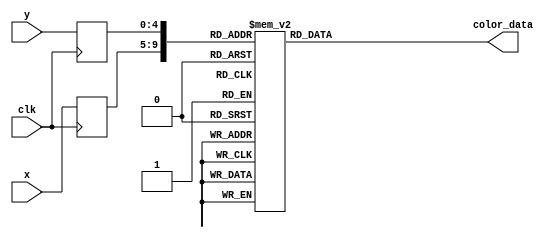
module mario_rom_jumping(
        input wire clk,
        input wire [4:0] x,
        input wire [4:0] y,
        output reg [11:0] color_data
);

    (* rom_style = "block" *)

    //signal declaration
    reg [4:0] x_reg;
    reg [4:0] y_reg;

    always @(posedge clk) begin
        x_reg <= x;
        y_reg <= y;
    end

    always @*
        case ({x_reg, y_reg})
			// right: 5'd27, bottom: 5'd31
			{5'd0, 5'd0}: color_data = 12'h3b9;
			{5'd0, 5'd1}: color_data = 12'h3b9;
			{5'd0, 5'd2}: color_data = 12'h3b9;
			{5'd0, 5'd3}: color_data = 12'h3b9;
			{5'd0, 5'd4}: color_data = 12'h3b9;
			{5'd0, 5'd5}: color_data = 12'h3b9;
			{5'd0, 5'd6}: color_data = 12'h3b9;
			{5'd0, 5'd7}: color_data = 12'h3b9;
			{5'd0, 5'd8}: color_data = 12'h3b9;
			{5'd0, 5'd9}: color_data = 12'h3b9;
			{5'd0, 5'd10}: color_data = 12'h3b9;
			{5'd0, 5'd11}: color_data = 12'h3b9;
			{5'd0, 5'd12}: color_data = 12'h3b9;
			{5'd0, 5'd13}: color_data = 12'h3b9;
			{5'd0, 5'd14}: color_data = 12'h3b9;
			{5'd0, 5'd15}: color_data = 12'h3b9;
			{5'd0, 5'd16}: color_data = 12'h3b9;
			{5'd0, 5'd17}: color_data = 12'h3b9;
			{5'd0, 5'd18}: color_data = 12'h3b9;
			{5'd0, 5'd19}: color_data = 12'h3b9;
			{5'd0, 5'd20}: color_data = 12'hfa0;
			{5'd0, 5'd21}: color_data = 12'hfa0;
			{5'd0, 5'd22}: color_data = 12'hfa0;
			{5'd0, 5'd23}: color_data = 12'hfa0;
			{5'd0, 5'd24}: color_data = 12'hf70;
			{5'd0, 5'd25}: color_data = 12'h3b9;
			{5'd0, 5'd26}: color_data = 12'h3b9;
			{5'd0, 5'd27}: color_data = 12'h3b9;
			{5'd0, 5'd28}: color_data = 12'h3b9;
			{5'd0, 5'd29}: color_data = 12'h3b9;
			{5'd0, 5'd30}: color_data = 12'h3b9;
			{5'd0, 5'd31}: color_data = 12'h3b9;
			{5'd1, 5'd0}: color_data = 12'h3b9;
			{5'd1, 5'd1}: color_data = 12'h3b9;
			{5'd1, 5'd2}: color_data = 12'h3b9;
			{5'd1, 5'd3}: color_data = 12'h3b9;
			{5'd1, 5'd4}: color_data = 12'h3b9;
			{5'd1, 5'd5}: color_data = 12'h3b9;
			{5'd1, 5'd6}: color_data = 12'h3b9;
			{5'd1, 5'd7}: color_data = 12'h3b9;
			{5'd1, 5'd8}: color_data = 12'h3b9;
			{5'd1, 5'd9}: color_data = 12'h3b9;
			{5'd1, 5'd10}: color_data = 12'h3b9;
			{5'd1, 5'd11}: color_data = 12'h3b9;
			{5'd1, 5'd12}: color_data = 12'h3b9;
			{5'd1, 5'd13}: color_data = 12'h3b9;
			{5'd1, 5'd14}: color_data = 12'h3b9;
			{5'd1, 5'd15}: color_data = 12'h3b9;
			{5'd1, 5'd16}: color_data = 12'h3b9;
			{5'd1, 5'd17}: color_data = 12'h3b9;
			{5'd1, 5'd18}: color_data = 12'h911;
			{5'd1, 5'd19}: color_data = 12'hb31;
			{5'd1, 5'd20}: color_data = 12'hfa1;
			{5'd1, 5'd21}: color_data = 12'hfa1;
			{5'd1, 5'd22}: color_data = 12'hfa1;
			{5'd1, 5'd23}: color_data = 12'hfa0;
			{5'd1, 5'd24}: color_data = 12'hfa0;
			{5'd1, 5'd25}: color_data = 12'hf91;
			{5'd1, 5'd26}: color_data = 12'h3b9;
			{5'd1, 5'd27}: color_data = 12'hb03;
			{5'd1, 5'd28}: color_data = 12'h911;
			{5'd1, 5'd29}: color_data = 12'ha22;
			{5'd1, 5'd30}: color_data = 12'ha22;
			{5'd1, 5'd31}: color_data = 12'h911;
			{5'd2, 5'd0}: color_data = 12'h3b9;
			{5'd2, 5'd1}: color_data = 12'h3b9;
			{5'd2, 5'd2}: color_data = 12'h3b9;
			{5'd2, 5'd3}: color_data = 12'h3b9;
			{5'd2, 5'd4}: color_data = 12'h3b9;
			{5'd2, 5'd5}: color_data = 12'h3b9;
			{5'd2, 5'd6}: color_data = 12'h3b9;
			{5'd2, 5'd7}: color_data = 12'h3b9;
			{5'd2, 5'd8}: color_data = 12'h3b9;
			{5'd2, 5'd9}: color_data = 12'h3b9;
			{5'd2, 5'd10}: color_data = 12'h3b9;
			{5'd2, 5'd11}: color_data = 12'h3b9;
			{5'd2, 5'd12}: color_data = 12'h3b9;
			{5'd2, 5'd13}: color_data = 12'h3b9;
			{5'd2, 5'd14}: color_data = 12'h3b9;
			{5'd2, 5'd15}: color_data = 12'h3b9;
			{5'd2, 5'd16}: color_data = 12'h3b9;
			{5'd2, 5'd17}: color_data = 12'h3b9;
			{5'd2, 5'd18}: color_data = 12'ha22;
			{5'd2, 5'd19}: color_data = 12'ha32;
			{5'd2, 5'd20}: color_data = 12'hf91;
			{5'd2, 5'd21}: color_data = 12'hfa0;
			{5'd2, 5'd22}: color_data = 12'hfa1;
			{5'd2, 5'd23}: color_data = 12'hfa1;
			{5'd2, 5'd24}: color_data = 12'hfa1;
			{5'd2, 5'd25}: color_data = 12'hfa0;
			{5'd2, 5'd26}: color_data = 12'h3b9;
			{5'd2, 5'd27}: color_data = 12'h911;
			{5'd2, 5'd28}: color_data = 12'ha22;
			{5'd2, 5'd29}: color_data = 12'ha22;
			{5'd2, 5'd30}: color_data = 12'ha22;
			{5'd2, 5'd31}: color_data = 12'ha22;
			{5'd3, 5'd0}: color_data = 12'h3b9;
			{5'd3, 5'd1}: color_data = 12'h3b9;
			{5'd3, 5'd2}: color_data = 12'h3b9;
			{5'd3, 5'd3}: color_data = 12'h3b9;
			{5'd3, 5'd4}: color_data = 12'h3b9;
			{5'd3, 5'd5}: color_data = 12'h3b9;
			{5'd3, 5'd6}: color_data = 12'h3b9;
			{5'd3, 5'd7}: color_data = 12'h3b9;
			{5'd3, 5'd8}: color_data = 12'h3b9;
			{5'd3, 5'd9}: color_data = 12'h3b9;
			{5'd3, 5'd10}: color_data = 12'h3b9;
			{5'd3, 5'd11}: color_data = 12'h3b9;
			{5'd3, 5'd12}: color_data = 12'h3b9;
			{5'd3, 5'd13}: color_data = 12'h3b9;
			{5'd3, 5'd14}: color_data = 12'h3b9;
			{5'd3, 5'd15}: color_data = 12'h3b9;
			{5'd3, 5'd16}: color_data = 12'h922;
			{5'd3, 5'd17}: color_data = 12'ha22;
			{5'd3, 5'd18}: color_data = 12'ha22;
			{5'd3, 5'd19}: color_data = 12'ha22;
			{5'd3, 5'd20}: color_data = 12'hc52;
			{5'd3, 5'd21}: color_data = 12'hc51;
			{5'd3, 5'd22}: color_data = 12'hfa1;
			{5'd3, 5'd23}: color_data = 12'hfa0;
			{5'd3, 5'd24}: color_data = 12'hfa0;
			{5'd3, 5'd25}: color_data = 12'hf91;
			{5'd3, 5'd26}: color_data = 12'h911;
			{5'd3, 5'd27}: color_data = 12'ha22;
			{5'd3, 5'd28}: color_data = 12'ha22;
			{5'd3, 5'd29}: color_data = 12'ha22;
			{5'd3, 5'd30}: color_data = 12'ha22;
			{5'd3, 5'd31}: color_data = 12'h911;
			{5'd4, 5'd0}: color_data = 12'h3b9;
			{5'd4, 5'd1}: color_data = 12'h3b9;
			{5'd4, 5'd2}: color_data = 12'h3b9;
			{5'd4, 5'd3}: color_data = 12'h3b9;
			{5'd4, 5'd4}: color_data = 12'h3b9;
			{5'd4, 5'd5}: color_data = 12'h3b9;
			{5'd4, 5'd6}: color_data = 12'h3b9;
			{5'd4, 5'd7}: color_data = 12'h3b9;
			{5'd4, 5'd8}: color_data = 12'h3b9;
			{5'd4, 5'd9}: color_data = 12'h3b9;
			{5'd4, 5'd10}: color_data = 12'h3b9;
			{5'd4, 5'd11}: color_data = 12'h3b9;
			{5'd4, 5'd12}: color_data = 12'h3b9;
			{5'd4, 5'd13}: color_data = 12'h3b9;
			{5'd4, 5'd14}: color_data = 12'h3b9;
			{5'd4, 5'd15}: color_data = 12'h3b9;
			{5'd4, 5'd16}: color_data = 12'ha22;
			{5'd4, 5'd17}: color_data = 12'ha22;
			{5'd4, 5'd18}: color_data = 12'ha22;
			{5'd4, 5'd19}: color_data = 12'ha22;
			{5'd4, 5'd20}: color_data = 12'ha22;
			{5'd4, 5'd21}: color_data = 12'ha22;
			{5'd4, 5'd22}: color_data = 12'hf91;
			{5'd4, 5'd23}: color_data = 12'hfa0;
			{5'd4, 5'd24}: color_data = 12'hff0;
			{5'd4, 5'd25}: color_data = 12'h801;
			{5'd4, 5'd26}: color_data = 12'ha22;
			{5'd4, 5'd27}: color_data = 12'ha22;
			{5'd4, 5'd28}: color_data = 12'ha22;
			{5'd4, 5'd29}: color_data = 12'ha22;
			{5'd4, 5'd30}: color_data = 12'h3b9;
			{5'd4, 5'd31}: color_data = 12'h3b9;
			{5'd5, 5'd0}: color_data = 12'h3b9;
			{5'd5, 5'd1}: color_data = 12'h3b9;
			{5'd5, 5'd2}: color_data = 12'h3b9;
			{5'd5, 5'd3}: color_data = 12'h3b9;
			{5'd5, 5'd4}: color_data = 12'h3b9;
			{5'd5, 5'd5}: color_data = 12'h3b9;
			{5'd5, 5'd6}: color_data = 12'h3b9;
			{5'd5, 5'd7}: color_data = 12'h3b9;
			{5'd5, 5'd8}: color_data = 12'h3b9;
			{5'd5, 5'd9}: color_data = 12'h3b9;
			{5'd5, 5'd10}: color_data = 12'h3b9;
			{5'd5, 5'd11}: color_data = 12'h3b9;
			{5'd5, 5'd12}: color_data = 12'h3b9;
			{5'd5, 5'd13}: color_data = 12'h3b9;
			{5'd5, 5'd14}: color_data = 12'h3b9;
			{5'd5, 5'd15}: color_data = 12'h3b9;
			{5'd5, 5'd16}: color_data = 12'ha22;
			{5'd5, 5'd17}: color_data = 12'ha22;
			{5'd5, 5'd18}: color_data = 12'ha22;
			{5'd5, 5'd19}: color_data = 12'ha22;
			{5'd5, 5'd20}: color_data = 12'ha22;
			{5'd5, 5'd21}: color_data = 12'ha22;
			{5'd5, 5'd22}: color_data = 12'hd71;
			{5'd5, 5'd23}: color_data = 12'hd91;
			{5'd5, 5'd24}: color_data = 12'h922;
			{5'd5, 5'd25}: color_data = 12'ha22;
			{5'd5, 5'd26}: color_data = 12'ha22;
			{5'd5, 5'd27}: color_data = 12'ha22;
			{5'd5, 5'd28}: color_data = 12'ha22;
			{5'd5, 5'd29}: color_data = 12'h922;
			{5'd5, 5'd30}: color_data = 12'h3b9;
			{5'd5, 5'd31}: color_data = 12'h3b9;
			{5'd6, 5'd0}: color_data = 12'h3b9;
			{5'd6, 5'd1}: color_data = 12'h3b9;
			{5'd6, 5'd2}: color_data = 12'h3b9;
			{5'd6, 5'd3}: color_data = 12'h3b9;
			{5'd6, 5'd4}: color_data = 12'h3b9;
			{5'd6, 5'd5}: color_data = 12'h3b9;
			{5'd6, 5'd6}: color_data = 12'h3b9;
			{5'd6, 5'd7}: color_data = 12'h3b9;
			{5'd6, 5'd8}: color_data = 12'ha22;
			{5'd6, 5'd9}: color_data = 12'ha22;
			{5'd6, 5'd10}: color_data = 12'ha21;
			{5'd6, 5'd11}: color_data = 12'ha21;
			{5'd6, 5'd12}: color_data = 12'ha21;
			{5'd6, 5'd13}: color_data = 12'ha22;
			{5'd6, 5'd14}: color_data = 12'h3b9;
			{5'd6, 5'd15}: color_data = 12'h3b9;
			{5'd6, 5'd16}: color_data = 12'ha22;
			{5'd6, 5'd17}: color_data = 12'ha22;
			{5'd6, 5'd18}: color_data = 12'ha22;
			{5'd6, 5'd19}: color_data = 12'ha22;
			{5'd6, 5'd20}: color_data = 12'ha22;
			{5'd6, 5'd21}: color_data = 12'ha22;
			{5'd6, 5'd22}: color_data = 12'he00;
			{5'd6, 5'd23}: color_data = 12'he00;
			{5'd6, 5'd24}: color_data = 12'hb11;
			{5'd6, 5'd25}: color_data = 12'hb22;
			{5'd6, 5'd26}: color_data = 12'ha22;
			{5'd6, 5'd27}: color_data = 12'ha22;
			{5'd6, 5'd28}: color_data = 12'hb22;
			{5'd6, 5'd29}: color_data = 12'hb11;
			{5'd6, 5'd30}: color_data = 12'hf00;
			{5'd6, 5'd31}: color_data = 12'hf00;
			{5'd7, 5'd0}: color_data = 12'h3b9;
			{5'd7, 5'd1}: color_data = 12'h3b9;
			{5'd7, 5'd2}: color_data = 12'h3b9;
			{5'd7, 5'd3}: color_data = 12'h3b9;
			{5'd7, 5'd4}: color_data = 12'h3b9;
			{5'd7, 5'd5}: color_data = 12'h3b9;
			{5'd7, 5'd6}: color_data = 12'h3b9;
			{5'd7, 5'd7}: color_data = 12'h3b9;
			{5'd7, 5'd8}: color_data = 12'h912;
			{5'd7, 5'd9}: color_data = 12'h922;
			{5'd7, 5'd10}: color_data = 12'h922;
			{5'd7, 5'd11}: color_data = 12'h922;
			{5'd7, 5'd12}: color_data = 12'ha22;
			{5'd7, 5'd13}: color_data = 12'ha22;
			{5'd7, 5'd14}: color_data = 12'ha00;
			{5'd7, 5'd15}: color_data = 12'h3b9;
			{5'd7, 5'd16}: color_data = 12'ha22;
			{5'd7, 5'd17}: color_data = 12'ha22;
			{5'd7, 5'd18}: color_data = 12'ha22;
			{5'd7, 5'd19}: color_data = 12'ha22;
			{5'd7, 5'd20}: color_data = 12'ha22;
			{5'd7, 5'd21}: color_data = 12'ha22;
			{5'd7, 5'd22}: color_data = 12'hf00;
			{5'd7, 5'd23}: color_data = 12'hf00;
			{5'd7, 5'd24}: color_data = 12'hf00;
			{5'd7, 5'd25}: color_data = 12'hf00;
			{5'd7, 5'd26}: color_data = 12'ha22;
			{5'd7, 5'd27}: color_data = 12'ha22;
			{5'd7, 5'd28}: color_data = 12'hf00;
			{5'd7, 5'd29}: color_data = 12'hf00;
			{5'd7, 5'd30}: color_data = 12'hf00;
			{5'd7, 5'd31}: color_data = 12'hf00;
			{5'd8, 5'd0}: color_data = 12'h3b9;
			{5'd8, 5'd1}: color_data = 12'h3b9;
			{5'd8, 5'd2}: color_data = 12'h3b9;
			{5'd8, 5'd3}: color_data = 12'h3b9;
			{5'd8, 5'd4}: color_data = 12'hf00;
			{5'd8, 5'd5}: color_data = 12'hf00;
			{5'd8, 5'd6}: color_data = 12'hb11;
			{5'd8, 5'd7}: color_data = 12'ha22;
			{5'd8, 5'd8}: color_data = 12'hc51;
			{5'd8, 5'd9}: color_data = 12'hd61;
			{5'd8, 5'd10}: color_data = 12'hc61;
			{5'd8, 5'd11}: color_data = 12'hc61;
			{5'd8, 5'd12}: color_data = 12'ha32;
			{5'd8, 5'd13}: color_data = 12'ha22;
			{5'd8, 5'd14}: color_data = 12'h730;
			{5'd8, 5'd15}: color_data = 12'h3b9;
			{5'd8, 5'd16}: color_data = 12'ha22;
			{5'd8, 5'd17}: color_data = 12'ha22;
			{5'd8, 5'd18}: color_data = 12'ha22;
			{5'd8, 5'd19}: color_data = 12'ha22;
			{5'd8, 5'd20}: color_data = 12'ha22;
			{5'd8, 5'd21}: color_data = 12'ha22;
			{5'd8, 5'd22}: color_data = 12'hf00;
			{5'd8, 5'd23}: color_data = 12'hf00;
			{5'd8, 5'd24}: color_data = 12'hf00;
			{5'd8, 5'd25}: color_data = 12'hf00;
			{5'd8, 5'd26}: color_data = 12'hc11;
			{5'd8, 5'd27}: color_data = 12'hd11;
			{5'd8, 5'd28}: color_data = 12'hf00;
			{5'd8, 5'd29}: color_data = 12'hf00;
			{5'd8, 5'd30}: color_data = 12'hf00;
			{5'd8, 5'd31}: color_data = 12'hf00;
			{5'd9, 5'd0}: color_data = 12'h3b9;
			{5'd9, 5'd1}: color_data = 12'h3b9;
			{5'd9, 5'd2}: color_data = 12'h3b9;
			{5'd9, 5'd3}: color_data = 12'h3b9;
			{5'd9, 5'd4}: color_data = 12'hf00;
			{5'd9, 5'd5}: color_data = 12'hf00;
			{5'd9, 5'd6}: color_data = 12'hb22;
			{5'd9, 5'd7}: color_data = 12'ha22;
			{5'd9, 5'd8}: color_data = 12'he91;
			{5'd9, 5'd9}: color_data = 12'hfb0;
			{5'd9, 5'd10}: color_data = 12'hfa0;
			{5'd9, 5'd11}: color_data = 12'hfa0;
			{5'd9, 5'd12}: color_data = 12'hb32;
			{5'd9, 5'd13}: color_data = 12'h922;
			{5'd9, 5'd14}: color_data = 12'ha00;
			{5'd9, 5'd15}: color_data = 12'h3b9;
			{5'd9, 5'd16}: color_data = 12'ha22;
			{5'd9, 5'd17}: color_data = 12'ha22;
			{5'd9, 5'd18}: color_data = 12'ha22;
			{5'd9, 5'd19}: color_data = 12'ha22;
			{5'd9, 5'd20}: color_data = 12'ha22;
			{5'd9, 5'd21}: color_data = 12'ha22;
			{5'd9, 5'd22}: color_data = 12'hf00;
			{5'd9, 5'd23}: color_data = 12'hf00;
			{5'd9, 5'd24}: color_data = 12'hf00;
			{5'd9, 5'd25}: color_data = 12'hf00;
			{5'd9, 5'd26}: color_data = 12'hf00;
			{5'd9, 5'd27}: color_data = 12'hf00;
			{5'd9, 5'd28}: color_data = 12'hf00;
			{5'd9, 5'd29}: color_data = 12'hf00;
			{5'd9, 5'd30}: color_data = 12'hf00;
			{5'd9, 5'd31}: color_data = 12'hf00;
			{5'd10, 5'd0}: color_data = 12'h3b9;
			{5'd10, 5'd1}: color_data = 12'h3b9;
			{5'd10, 5'd2}: color_data = 12'hf00;
			{5'd10, 5'd3}: color_data = 12'hf00;
			{5'd10, 5'd4}: color_data = 12'hf00;
			{5'd10, 5'd5}: color_data = 12'hf00;
			{5'd10, 5'd6}: color_data = 12'hb22;
			{5'd10, 5'd7}: color_data = 12'ha22;
			{5'd10, 5'd8}: color_data = 12'hb42;
			{5'd10, 5'd9}: color_data = 12'hb42;
			{5'd10, 5'd10}: color_data = 12'hb42;
			{5'd10, 5'd11}: color_data = 12'hb42;
			{5'd10, 5'd12}: color_data = 12'hd71;
			{5'd10, 5'd13}: color_data = 12'he81;
			{5'd10, 5'd14}: color_data = 12'hfa0;
			{5'd10, 5'd15}: color_data = 12'hf91;
			{5'd10, 5'd16}: color_data = 12'ha32;
			{5'd10, 5'd17}: color_data = 12'ha22;
			{5'd10, 5'd18}: color_data = 12'ha22;
			{5'd10, 5'd19}: color_data = 12'ha22;
			{5'd10, 5'd20}: color_data = 12'ha22;
			{5'd10, 5'd21}: color_data = 12'ha22;
			{5'd10, 5'd22}: color_data = 12'hb22;
			{5'd10, 5'd23}: color_data = 12'hc11;
			{5'd10, 5'd24}: color_data = 12'hf00;
			{5'd10, 5'd25}: color_data = 12'hf00;
			{5'd10, 5'd26}: color_data = 12'hf00;
			{5'd10, 5'd27}: color_data = 12'hf00;
			{5'd10, 5'd28}: color_data = 12'hf00;
			{5'd10, 5'd29}: color_data = 12'hf00;
			{5'd10, 5'd30}: color_data = 12'hf00;
			{5'd10, 5'd31}: color_data = 12'hf00;
			{5'd11, 5'd0}: color_data = 12'h3b9;
			{5'd11, 5'd1}: color_data = 12'h3b9;
			{5'd11, 5'd2}: color_data = 12'hf00;
			{5'd11, 5'd3}: color_data = 12'hf00;
			{5'd11, 5'd4}: color_data = 12'hf00;
			{5'd11, 5'd5}: color_data = 12'hf00;
			{5'd11, 5'd6}: color_data = 12'hb22;
			{5'd11, 5'd7}: color_data = 12'ha22;
			{5'd11, 5'd8}: color_data = 12'ha22;
			{5'd11, 5'd9}: color_data = 12'ha22;
			{5'd11, 5'd10}: color_data = 12'ha22;
			{5'd11, 5'd11}: color_data = 12'ha22;
			{5'd11, 5'd12}: color_data = 12'hf91;
			{5'd11, 5'd13}: color_data = 12'hfa0;
			{5'd11, 5'd14}: color_data = 12'hfa1;
			{5'd11, 5'd15}: color_data = 12'hfa1;
			{5'd11, 5'd16}: color_data = 12'hb32;
			{5'd11, 5'd17}: color_data = 12'ha22;
			{5'd11, 5'd18}: color_data = 12'ha22;
			{5'd11, 5'd19}: color_data = 12'ha22;
			{5'd11, 5'd20}: color_data = 12'ha22;
			{5'd11, 5'd21}: color_data = 12'ha22;
			{5'd11, 5'd22}: color_data = 12'ha22;
			{5'd11, 5'd23}: color_data = 12'hb22;
			{5'd11, 5'd24}: color_data = 12'hf00;
			{5'd11, 5'd25}: color_data = 12'hf00;
			{5'd11, 5'd26}: color_data = 12'hf00;
			{5'd11, 5'd27}: color_data = 12'hf00;
			{5'd11, 5'd28}: color_data = 12'hf00;
			{5'd11, 5'd29}: color_data = 12'hf00;
			{5'd11, 5'd30}: color_data = 12'hf00;
			{5'd11, 5'd31}: color_data = 12'hf00;
			{5'd12, 5'd0}: color_data = 12'h3b9;
			{5'd12, 5'd1}: color_data = 12'h3b9;
			{5'd12, 5'd2}: color_data = 12'hf00;
			{5'd12, 5'd3}: color_data = 12'hf00;
			{5'd12, 5'd4}: color_data = 12'hf00;
			{5'd12, 5'd5}: color_data = 12'hf00;
			{5'd12, 5'd6}: color_data = 12'hb12;
			{5'd12, 5'd7}: color_data = 12'h922;
			{5'd12, 5'd8}: color_data = 12'he81;
			{5'd12, 5'd9}: color_data = 12'hf91;
			{5'd12, 5'd10}: color_data = 12'ha32;
			{5'd12, 5'd11}: color_data = 12'ha22;
			{5'd12, 5'd12}: color_data = 12'he91;
			{5'd12, 5'd13}: color_data = 12'hfa1;
			{5'd12, 5'd14}: color_data = 12'hfa1;
			{5'd12, 5'd15}: color_data = 12'hf90;
			{5'd12, 5'd16}: color_data = 12'hf10;
			{5'd12, 5'd17}: color_data = 12'hf00;
			{5'd12, 5'd18}: color_data = 12'ha22;
			{5'd12, 5'd19}: color_data = 12'h922;
			{5'd12, 5'd20}: color_data = 12'ha22;
			{5'd12, 5'd21}: color_data = 12'ha22;
			{5'd12, 5'd22}: color_data = 12'he00;
			{5'd12, 5'd23}: color_data = 12'hf00;
			{5'd12, 5'd24}: color_data = 12'hf00;
			{5'd12, 5'd25}: color_data = 12'hf00;
			{5'd12, 5'd26}: color_data = 12'hf00;
			{5'd12, 5'd27}: color_data = 12'hf00;
			{5'd12, 5'd28}: color_data = 12'hf00;
			{5'd12, 5'd29}: color_data = 12'hf00;
			{5'd12, 5'd30}: color_data = 12'hf00;
			{5'd12, 5'd31}: color_data = 12'hf00;
			{5'd13, 5'd0}: color_data = 12'h3b9;
			{5'd13, 5'd1}: color_data = 12'h3b9;
			{5'd13, 5'd2}: color_data = 12'hf00;
			{5'd13, 5'd3}: color_data = 12'hf00;
			{5'd13, 5'd4}: color_data = 12'hf00;
			{5'd13, 5'd5}: color_data = 12'hf00;
			{5'd13, 5'd6}: color_data = 12'hc31;
			{5'd13, 5'd7}: color_data = 12'hb42;
			{5'd13, 5'd8}: color_data = 12'hf91;
			{5'd13, 5'd9}: color_data = 12'hfa1;
			{5'd13, 5'd10}: color_data = 12'hc51;
			{5'd13, 5'd11}: color_data = 12'hb42;
			{5'd13, 5'd12}: color_data = 12'hf91;
			{5'd13, 5'd13}: color_data = 12'hfa1;
			{5'd13, 5'd14}: color_data = 12'hfa1;
			{5'd13, 5'd15}: color_data = 12'hf91;
			{5'd13, 5'd16}: color_data = 12'he20;
			{5'd13, 5'd17}: color_data = 12'he00;
			{5'd13, 5'd18}: color_data = 12'hc11;
			{5'd13, 5'd19}: color_data = 12'hb11;
			{5'd13, 5'd20}: color_data = 12'hb11;
			{5'd13, 5'd21}: color_data = 12'hc11;
			{5'd13, 5'd22}: color_data = 12'hf00;
			{5'd13, 5'd23}: color_data = 12'hf00;
			{5'd13, 5'd24}: color_data = 12'hf00;
			{5'd13, 5'd25}: color_data = 12'hf00;
			{5'd13, 5'd26}: color_data = 12'hf00;
			{5'd13, 5'd27}: color_data = 12'hf00;
			{5'd13, 5'd28}: color_data = 12'hf00;
			{5'd13, 5'd29}: color_data = 12'hf00;
			{5'd13, 5'd30}: color_data = 12'hf00;
			{5'd13, 5'd31}: color_data = 12'hf00;
			{5'd14, 5'd0}: color_data = 12'h3b9;
			{5'd14, 5'd1}: color_data = 12'h3b9;
			{5'd14, 5'd2}: color_data = 12'hf00;
			{5'd14, 5'd3}: color_data = 12'hf00;
			{5'd14, 5'd4}: color_data = 12'hf00;
			{5'd14, 5'd5}: color_data = 12'hf00;
			{5'd14, 5'd6}: color_data = 12'hf80;
			{5'd14, 5'd7}: color_data = 12'hfa1;
			{5'd14, 5'd8}: color_data = 12'hfa1;
			{5'd14, 5'd9}: color_data = 12'hfa1;
			{5'd14, 5'd10}: color_data = 12'hfa1;
			{5'd14, 5'd11}: color_data = 12'hfa1;
			{5'd14, 5'd12}: color_data = 12'hfa1;
			{5'd14, 5'd13}: color_data = 12'hfa1;
			{5'd14, 5'd14}: color_data = 12'hfa1;
			{5'd14, 5'd15}: color_data = 12'hf91;
			{5'd14, 5'd16}: color_data = 12'ha32;
			{5'd14, 5'd17}: color_data = 12'ha22;
			{5'd14, 5'd18}: color_data = 12'hf00;
			{5'd14, 5'd19}: color_data = 12'hf00;
			{5'd14, 5'd20}: color_data = 12'hf00;
			{5'd14, 5'd21}: color_data = 12'hf00;
			{5'd14, 5'd22}: color_data = 12'hf00;
			{5'd14, 5'd23}: color_data = 12'hf00;
			{5'd14, 5'd24}: color_data = 12'hf00;
			{5'd14, 5'd25}: color_data = 12'hf00;
			{5'd14, 5'd26}: color_data = 12'hf00;
			{5'd14, 5'd27}: color_data = 12'hf00;
			{5'd14, 5'd28}: color_data = 12'hf00;
			{5'd14, 5'd29}: color_data = 12'hf00;
			{5'd14, 5'd30}: color_data = 12'h3b9;
			{5'd14, 5'd31}: color_data = 12'h3b9;
			{5'd15, 5'd0}: color_data = 12'h3b9;
			{5'd15, 5'd1}: color_data = 12'h3b9;
			{5'd15, 5'd2}: color_data = 12'hf00;
			{5'd15, 5'd3}: color_data = 12'hf00;
			{5'd15, 5'd4}: color_data = 12'hf00;
			{5'd15, 5'd5}: color_data = 12'hf00;
			{5'd15, 5'd6}: color_data = 12'hf80;
			{5'd15, 5'd7}: color_data = 12'hfa1;
			{5'd15, 5'd8}: color_data = 12'hfa1;
			{5'd15, 5'd9}: color_data = 12'hfa1;
			{5'd15, 5'd10}: color_data = 12'hfa1;
			{5'd15, 5'd11}: color_data = 12'hfa1;
			{5'd15, 5'd12}: color_data = 12'hfa1;
			{5'd15, 5'd13}: color_data = 12'hfa1;
			{5'd15, 5'd14}: color_data = 12'hfa1;
			{5'd15, 5'd15}: color_data = 12'hf91;
			{5'd15, 5'd16}: color_data = 12'ha32;
			{5'd15, 5'd17}: color_data = 12'ha22;
			{5'd15, 5'd18}: color_data = 12'hc11;
			{5'd15, 5'd19}: color_data = 12'hc11;
			{5'd15, 5'd20}: color_data = 12'hf00;
			{5'd15, 5'd21}: color_data = 12'hf00;
			{5'd15, 5'd22}: color_data = 12'hf50;
			{5'd15, 5'd23}: color_data = 12'hf50;
			{5'd15, 5'd24}: color_data = 12'hf00;
			{5'd15, 5'd25}: color_data = 12'hf00;
			{5'd15, 5'd26}: color_data = 12'hf00;
			{5'd15, 5'd27}: color_data = 12'hf00;
			{5'd15, 5'd28}: color_data = 12'hf00;
			{5'd15, 5'd29}: color_data = 12'hf00;
			{5'd15, 5'd30}: color_data = 12'h3b9;
			{5'd15, 5'd31}: color_data = 12'h3b9;
			{5'd16, 5'd0}: color_data = 12'h3b9;
			{5'd16, 5'd1}: color_data = 12'h3b9;
			{5'd16, 5'd2}: color_data = 12'hf00;
			{5'd16, 5'd3}: color_data = 12'hf00;
			{5'd16, 5'd4}: color_data = 12'hf00;
			{5'd16, 5'd5}: color_data = 12'hf00;
			{5'd16, 5'd6}: color_data = 12'hf80;
			{5'd16, 5'd7}: color_data = 12'hfa1;
			{5'd16, 5'd8}: color_data = 12'hfa1;
			{5'd16, 5'd9}: color_data = 12'hfa1;
			{5'd16, 5'd10}: color_data = 12'hfa1;
			{5'd16, 5'd11}: color_data = 12'hfa1;
			{5'd16, 5'd12}: color_data = 12'hfa1;
			{5'd16, 5'd13}: color_data = 12'hfa1;
			{5'd16, 5'd14}: color_data = 12'hfa1;
			{5'd16, 5'd15}: color_data = 12'hf91;
			{5'd16, 5'd16}: color_data = 12'ha32;
			{5'd16, 5'd17}: color_data = 12'ha22;
			{5'd16, 5'd18}: color_data = 12'h922;
			{5'd16, 5'd19}: color_data = 12'ha22;
			{5'd16, 5'd20}: color_data = 12'hf00;
			{5'd16, 5'd21}: color_data = 12'hf10;
			{5'd16, 5'd22}: color_data = 12'hfa1;
			{5'd16, 5'd23}: color_data = 12'hf90;
			{5'd16, 5'd24}: color_data = 12'hf10;
			{5'd16, 5'd25}: color_data = 12'hf00;
			{5'd16, 5'd26}: color_data = 12'hf00;
			{5'd16, 5'd27}: color_data = 12'hf00;
			{5'd16, 5'd28}: color_data = 12'hf00;
			{5'd16, 5'd29}: color_data = 12'hf00;
			{5'd16, 5'd30}: color_data = 12'h3b9;
			{5'd16, 5'd31}: color_data = 12'h3b9;
			{5'd17, 5'd0}: color_data = 12'h3b9;
			{5'd17, 5'd1}: color_data = 12'h3b9;
			{5'd17, 5'd2}: color_data = 12'hf00;
			{5'd17, 5'd3}: color_data = 12'hf00;
			{5'd17, 5'd4}: color_data = 12'hf00;
			{5'd17, 5'd5}: color_data = 12'hf00;
			{5'd17, 5'd6}: color_data = 12'hc31;
			{5'd17, 5'd7}: color_data = 12'hb42;
			{5'd17, 5'd8}: color_data = 12'hb42;
			{5'd17, 5'd9}: color_data = 12'hb42;
			{5'd17, 5'd10}: color_data = 12'hf91;
			{5'd17, 5'd11}: color_data = 12'hfa1;
			{5'd17, 5'd12}: color_data = 12'hb42;
			{5'd17, 5'd13}: color_data = 12'hb42;
			{5'd17, 5'd14}: color_data = 12'hf91;
			{5'd17, 5'd15}: color_data = 12'hfa1;
			{5'd17, 5'd16}: color_data = 12'ha32;
			{5'd17, 5'd17}: color_data = 12'ha22;
			{5'd17, 5'd18}: color_data = 12'ha22;
			{5'd17, 5'd19}: color_data = 12'ha22;
			{5'd17, 5'd20}: color_data = 12'hf00;
			{5'd17, 5'd21}: color_data = 12'hf00;
			{5'd17, 5'd22}: color_data = 12'hf20;
			{5'd17, 5'd23}: color_data = 12'hf20;
			{5'd17, 5'd24}: color_data = 12'hf00;
			{5'd17, 5'd25}: color_data = 12'hf00;
			{5'd17, 5'd26}: color_data = 12'hf00;
			{5'd17, 5'd27}: color_data = 12'hf00;
			{5'd17, 5'd28}: color_data = 12'hf00;
			{5'd17, 5'd29}: color_data = 12'hf00;
			{5'd17, 5'd30}: color_data = 12'h3b9;
			{5'd17, 5'd31}: color_data = 12'h3b9;
			{5'd18, 5'd0}: color_data = 12'h3b9;
			{5'd18, 5'd1}: color_data = 12'h3b9;
			{5'd18, 5'd2}: color_data = 12'hf00;
			{5'd18, 5'd3}: color_data = 12'hf00;
			{5'd18, 5'd4}: color_data = 12'hf00;
			{5'd18, 5'd5}: color_data = 12'hf00;
			{5'd18, 5'd6}: color_data = 12'hb12;
			{5'd18, 5'd7}: color_data = 12'h922;
			{5'd18, 5'd8}: color_data = 12'h922;
			{5'd18, 5'd9}: color_data = 12'ha22;
			{5'd18, 5'd10}: color_data = 12'he91;
			{5'd18, 5'd11}: color_data = 12'hfa0;
			{5'd18, 5'd12}: color_data = 12'ha32;
			{5'd18, 5'd13}: color_data = 12'ha22;
			{5'd18, 5'd14}: color_data = 12'hf91;
			{5'd18, 5'd15}: color_data = 12'hfa1;
			{5'd18, 5'd16}: color_data = 12'ha32;
			{5'd18, 5'd17}: color_data = 12'h922;
			{5'd18, 5'd18}: color_data = 12'ha22;
			{5'd18, 5'd19}: color_data = 12'ha22;
			{5'd18, 5'd20}: color_data = 12'hf00;
			{5'd18, 5'd21}: color_data = 12'hf00;
			{5'd18, 5'd22}: color_data = 12'hf00;
			{5'd18, 5'd23}: color_data = 12'hf00;
			{5'd18, 5'd24}: color_data = 12'hf00;
			{5'd18, 5'd25}: color_data = 12'hf00;
			{5'd18, 5'd26}: color_data = 12'hf00;
			{5'd18, 5'd27}: color_data = 12'hf00;
			{5'd18, 5'd28}: color_data = 12'hf00;
			{5'd18, 5'd29}: color_data = 12'hf00;
			{5'd18, 5'd30}: color_data = 12'h3b9;
			{5'd18, 5'd31}: color_data = 12'h3b9;
			{5'd19, 5'd0}: color_data = 12'h3b9;
			{5'd19, 5'd1}: color_data = 12'h3b9;
			{5'd19, 5'd2}: color_data = 12'hf00;
			{5'd19, 5'd3}: color_data = 12'hf00;
			{5'd19, 5'd4}: color_data = 12'hf00;
			{5'd19, 5'd5}: color_data = 12'hf00;
			{5'd19, 5'd6}: color_data = 12'he61;
			{5'd19, 5'd7}: color_data = 12'he81;
			{5'd19, 5'd8}: color_data = 12'he71;
			{5'd19, 5'd9}: color_data = 12'hd71;
			{5'd19, 5'd10}: color_data = 12'hc51;
			{5'd19, 5'd11}: color_data = 12'hb42;
			{5'd19, 5'd12}: color_data = 12'ha22;
			{5'd19, 5'd13}: color_data = 12'ha22;
			{5'd19, 5'd14}: color_data = 12'hf91;
			{5'd19, 5'd15}: color_data = 12'hfa1;
			{5'd19, 5'd16}: color_data = 12'he20;
			{5'd19, 5'd17}: color_data = 12'hd01;
			{5'd19, 5'd18}: color_data = 12'ha22;
			{5'd19, 5'd19}: color_data = 12'ha22;
			{5'd19, 5'd20}: color_data = 12'hf00;
			{5'd19, 5'd21}: color_data = 12'hf00;
			{5'd19, 5'd22}: color_data = 12'hf00;
			{5'd19, 5'd23}: color_data = 12'hf00;
			{5'd19, 5'd24}: color_data = 12'hf00;
			{5'd19, 5'd25}: color_data = 12'hf00;
			{5'd19, 5'd26}: color_data = 12'hf00;
			{5'd19, 5'd27}: color_data = 12'hf00;
			{5'd19, 5'd28}: color_data = 12'hf00;
			{5'd19, 5'd29}: color_data = 12'hf00;
			{5'd19, 5'd30}: color_data = 12'h3b9;
			{5'd19, 5'd31}: color_data = 12'h3b9;
			{5'd20, 5'd0}: color_data = 12'h3b9;
			{5'd20, 5'd1}: color_data = 12'h3b9;
			{5'd20, 5'd2}: color_data = 12'h3b9;
			{5'd20, 5'd3}: color_data = 12'h3b9;
			{5'd20, 5'd4}: color_data = 12'hf00;
			{5'd20, 5'd5}: color_data = 12'hf00;
			{5'd20, 5'd6}: color_data = 12'hf80;
			{5'd20, 5'd7}: color_data = 12'hfa0;
			{5'd20, 5'd8}: color_data = 12'hfa0;
			{5'd20, 5'd9}: color_data = 12'hfa1;
			{5'd20, 5'd10}: color_data = 12'hb32;
			{5'd20, 5'd11}: color_data = 12'ha22;
			{5'd20, 5'd12}: color_data = 12'ha22;
			{5'd20, 5'd13}: color_data = 12'ha22;
			{5'd20, 5'd14}: color_data = 12'hf91;
			{5'd20, 5'd15}: color_data = 12'hf90;
			{5'd20, 5'd16}: color_data = 12'hf10;
			{5'd20, 5'd17}: color_data = 12'hf00;
			{5'd20, 5'd18}: color_data = 12'ha22;
			{5'd20, 5'd19}: color_data = 12'ha22;
			{5'd20, 5'd20}: color_data = 12'hf00;
			{5'd20, 5'd21}: color_data = 12'hf00;
			{5'd20, 5'd22}: color_data = 12'hf00;
			{5'd20, 5'd23}: color_data = 12'hf00;
			{5'd20, 5'd24}: color_data = 12'hf00;
			{5'd20, 5'd25}: color_data = 12'hf00;
			{5'd20, 5'd26}: color_data = 12'hf00;
			{5'd20, 5'd27}: color_data = 12'hf00;
			{5'd20, 5'd28}: color_data = 12'h3b9;
			{5'd20, 5'd29}: color_data = 12'h3b9;
			{5'd20, 5'd30}: color_data = 12'h3b9;
			{5'd20, 5'd31}: color_data = 12'h3b9;
			{5'd21, 5'd0}: color_data = 12'h3b9;
			{5'd21, 5'd1}: color_data = 12'h3b9;
			{5'd21, 5'd2}: color_data = 12'h3b9;
			{5'd21, 5'd3}: color_data = 12'h3b9;
			{5'd21, 5'd4}: color_data = 12'hf00;
			{5'd21, 5'd5}: color_data = 12'hf00;
			{5'd21, 5'd6}: color_data = 12'hf40;
			{5'd21, 5'd7}: color_data = 12'hfe0;
			{5'd21, 5'd8}: color_data = 12'hfa0;
			{5'd21, 5'd9}: color_data = 12'hfa0;
			{5'd21, 5'd10}: color_data = 12'hf91;
			{5'd21, 5'd11}: color_data = 12'he91;
			{5'd21, 5'd12}: color_data = 12'ha32;
			{5'd21, 5'd13}: color_data = 12'ha22;
			{5'd21, 5'd14}: color_data = 12'hf91;
			{5'd21, 5'd15}: color_data = 12'hfa1;
			{5'd21, 5'd16}: color_data = 12'hb32;
			{5'd21, 5'd17}: color_data = 12'hb22;
			{5'd21, 5'd18}: color_data = 12'hf00;
			{5'd21, 5'd19}: color_data = 12'hf00;
			{5'd21, 5'd20}: color_data = 12'hf00;
			{5'd21, 5'd21}: color_data = 12'hf10;
			{5'd21, 5'd22}: color_data = 12'hf90;
			{5'd21, 5'd23}: color_data = 12'hf80;
			{5'd21, 5'd24}: color_data = 12'hf00;
			{5'd21, 5'd25}: color_data = 12'hf00;
			{5'd21, 5'd26}: color_data = 12'hf00;
			{5'd21, 5'd27}: color_data = 12'hf00;
			{5'd21, 5'd28}: color_data = 12'hf00;
			{5'd21, 5'd29}: color_data = 12'h3b9;
			{5'd21, 5'd30}: color_data = 12'h3b9;
			{5'd21, 5'd31}: color_data = 12'h3b9;
			{5'd22, 5'd0}: color_data = 12'hf90;
			{5'd22, 5'd1}: color_data = 12'hfa0;
			{5'd22, 5'd2}: color_data = 12'hfa0;
			{5'd22, 5'd3}: color_data = 12'hfa1;
			{5'd22, 5'd4}: color_data = 12'hf00;
			{5'd22, 5'd5}: color_data = 12'hf00;
			{5'd22, 5'd6}: color_data = 12'hc01;
			{5'd22, 5'd7}: color_data = 12'h912;
			{5'd22, 5'd8}: color_data = 12'he81;
			{5'd22, 5'd9}: color_data = 12'he81;
			{5'd22, 5'd10}: color_data = 12'hfa1;
			{5'd22, 5'd11}: color_data = 12'hfa1;
			{5'd22, 5'd12}: color_data = 12'hb32;
			{5'd22, 5'd13}: color_data = 12'ha22;
			{5'd22, 5'd14}: color_data = 12'he71;
			{5'd22, 5'd15}: color_data = 12'he81;
			{5'd22, 5'd16}: color_data = 12'ha32;
			{5'd22, 5'd17}: color_data = 12'ha22;
			{5'd22, 5'd18}: color_data = 12'hf00;
			{5'd22, 5'd19}: color_data = 12'hf00;
			{5'd22, 5'd20}: color_data = 12'hf00;
			{5'd22, 5'd21}: color_data = 12'hf10;
			{5'd22, 5'd22}: color_data = 12'hf80;
			{5'd22, 5'd23}: color_data = 12'hf70;
			{5'd22, 5'd24}: color_data = 12'hf00;
			{5'd22, 5'd25}: color_data = 12'hf00;
			{5'd22, 5'd26}: color_data = 12'hf00;
			{5'd22, 5'd27}: color_data = 12'hf00;
			{5'd22, 5'd28}: color_data = 12'hf00;
			{5'd22, 5'd29}: color_data = 12'h3b9;
			{5'd22, 5'd30}: color_data = 12'h3b9;
			{5'd22, 5'd31}: color_data = 12'h3b9;
			{5'd23, 5'd0}: color_data = 12'hfa0;
			{5'd23, 5'd1}: color_data = 12'hfa0;
			{5'd23, 5'd2}: color_data = 12'hfa0;
			{5'd23, 5'd3}: color_data = 12'hfa0;
			{5'd23, 5'd4}: color_data = 12'hf20;
			{5'd23, 5'd5}: color_data = 12'hf00;
			{5'd23, 5'd6}: color_data = 12'hb11;
			{5'd23, 5'd7}: color_data = 12'ha22;
			{5'd23, 5'd8}: color_data = 12'ha22;
			{5'd23, 5'd9}: color_data = 12'ha22;
			{5'd23, 5'd10}: color_data = 12'he91;
			{5'd23, 5'd11}: color_data = 12'hfa1;
			{5'd23, 5'd12}: color_data = 12'hb32;
			{5'd23, 5'd13}: color_data = 12'ha22;
			{5'd23, 5'd14}: color_data = 12'ha22;
			{5'd23, 5'd15}: color_data = 12'ha22;
			{5'd23, 5'd16}: color_data = 12'ha21;
			{5'd23, 5'd17}: color_data = 12'h3b9;
			{5'd23, 5'd18}: color_data = 12'h3b9;
			{5'd23, 5'd19}: color_data = 12'h3b9;
			{5'd23, 5'd20}: color_data = 12'h3b9;
			{5'd23, 5'd21}: color_data = 12'hf00;
			{5'd23, 5'd22}: color_data = 12'hf00;
			{5'd23, 5'd23}: color_data = 12'hf00;
			{5'd23, 5'd24}: color_data = 12'hf00;
			{5'd23, 5'd25}: color_data = 12'hf00;
			{5'd23, 5'd26}: color_data = 12'hf00;
			{5'd23, 5'd27}: color_data = 12'hf00;
			{5'd23, 5'd28}: color_data = 12'hf00;
			{5'd23, 5'd29}: color_data = 12'h3b9;
			{5'd23, 5'd30}: color_data = 12'h3b9;
			{5'd23, 5'd31}: color_data = 12'h3b9;
			{5'd24, 5'd0}: color_data = 12'hfa0;
			{5'd24, 5'd1}: color_data = 12'hfa1;
			{5'd24, 5'd2}: color_data = 12'hfa1;
			{5'd24, 5'd3}: color_data = 12'hfa1;
			{5'd24, 5'd4}: color_data = 12'hf60;
			{5'd24, 5'd5}: color_data = 12'hf50;
			{5'd24, 5'd6}: color_data = 12'hb32;
			{5'd24, 5'd7}: color_data = 12'ha22;
			{5'd24, 5'd8}: color_data = 12'ha22;
			{5'd24, 5'd9}: color_data = 12'ha22;
			{5'd24, 5'd10}: color_data = 12'he91;
			{5'd24, 5'd11}: color_data = 12'hfa1;
			{5'd24, 5'd12}: color_data = 12'hb32;
			{5'd24, 5'd13}: color_data = 12'ha22;
			{5'd24, 5'd14}: color_data = 12'ha22;
			{5'd24, 5'd15}: color_data = 12'ha11;
			{5'd24, 5'd16}: color_data = 12'ha22;
			{5'd24, 5'd17}: color_data = 12'h3b9;
			{5'd24, 5'd18}: color_data = 12'h3b9;
			{5'd24, 5'd19}: color_data = 12'h3b9;
			{5'd24, 5'd20}: color_data = 12'h3b9;
			{5'd24, 5'd21}: color_data = 12'hd00;
			{5'd24, 5'd22}: color_data = 12'hc11;
			{5'd24, 5'd23}: color_data = 12'hd11;
			{5'd24, 5'd24}: color_data = 12'hd11;
			{5'd24, 5'd25}: color_data = 12'hd11;
			{5'd24, 5'd26}: color_data = 12'hd11;
			{5'd24, 5'd27}: color_data = 12'hc11;
			{5'd24, 5'd28}: color_data = 12'h000;
			{5'd24, 5'd29}: color_data = 12'h3b9;
			{5'd24, 5'd30}: color_data = 12'h3b9;
			{5'd24, 5'd31}: color_data = 12'h3b9;
			{5'd25, 5'd0}: color_data = 12'hfa1;
			{5'd25, 5'd1}: color_data = 12'hfa1;
			{5'd25, 5'd2}: color_data = 12'hfa1;
			{5'd25, 5'd3}: color_data = 12'hfa1;
			{5'd25, 5'd4}: color_data = 12'hfa1;
			{5'd25, 5'd5}: color_data = 12'hfa1;
			{5'd25, 5'd6}: color_data = 12'hb42;
			{5'd25, 5'd7}: color_data = 12'ha22;
			{5'd25, 5'd8}: color_data = 12'ha22;
			{5'd25, 5'd9}: color_data = 12'ha22;
			{5'd25, 5'd10}: color_data = 12'hf91;
			{5'd25, 5'd11}: color_data = 12'hfa1;
			{5'd25, 5'd12}: color_data = 12'hb32;
			{5'd25, 5'd13}: color_data = 12'ha22;
			{5'd25, 5'd14}: color_data = 12'ha00;
			{5'd25, 5'd15}: color_data = 12'h3b9;
			{5'd25, 5'd16}: color_data = 12'h3b9;
			{5'd25, 5'd17}: color_data = 12'h3b9;
			{5'd25, 5'd18}: color_data = 12'h3b9;
			{5'd25, 5'd19}: color_data = 12'h3b9;
			{5'd25, 5'd20}: color_data = 12'h3b9;
			{5'd25, 5'd21}: color_data = 12'h900;
			{5'd25, 5'd22}: color_data = 12'h922;
			{5'd25, 5'd23}: color_data = 12'ha22;
			{5'd25, 5'd24}: color_data = 12'ha22;
			{5'd25, 5'd25}: color_data = 12'ha22;
			{5'd25, 5'd26}: color_data = 12'ha22;
			{5'd25, 5'd27}: color_data = 12'h922;
			{5'd25, 5'd28}: color_data = 12'h000;
			{5'd25, 5'd29}: color_data = 12'h3b9;
			{5'd25, 5'd30}: color_data = 12'h3b9;
			{5'd25, 5'd31}: color_data = 12'h3b9;
			{5'd26, 5'd0}: color_data = 12'hfa0;
			{5'd26, 5'd1}: color_data = 12'hfa1;
			{5'd26, 5'd2}: color_data = 12'hfa1;
			{5'd26, 5'd3}: color_data = 12'hfa1;
			{5'd26, 5'd4}: color_data = 12'hfa1;
			{5'd26, 5'd5}: color_data = 12'hfa1;
			{5'd26, 5'd6}: color_data = 12'hb42;
			{5'd26, 5'd7}: color_data = 12'ha22;
			{5'd26, 5'd8}: color_data = 12'ha22;
			{5'd26, 5'd9}: color_data = 12'ha22;
			{5'd26, 5'd10}: color_data = 12'hb42;
			{5'd26, 5'd11}: color_data = 12'hb42;
			{5'd26, 5'd12}: color_data = 12'hb31;
			{5'd26, 5'd13}: color_data = 12'h911;
			{5'd26, 5'd14}: color_data = 12'h3b9;
			{5'd26, 5'd15}: color_data = 12'h3b9;
			{5'd26, 5'd16}: color_data = 12'h3b9;
			{5'd26, 5'd17}: color_data = 12'h3b9;
			{5'd26, 5'd18}: color_data = 12'ha22;
			{5'd26, 5'd19}: color_data = 12'ha22;
			{5'd26, 5'd20}: color_data = 12'ha22;
			{5'd26, 5'd21}: color_data = 12'ha22;
			{5'd26, 5'd22}: color_data = 12'ha22;
			{5'd26, 5'd23}: color_data = 12'ha22;
			{5'd26, 5'd24}: color_data = 12'ha22;
			{5'd26, 5'd25}: color_data = 12'ha22;
			{5'd26, 5'd26}: color_data = 12'ha22;
			{5'd26, 5'd27}: color_data = 12'ha22;
			{5'd26, 5'd28}: color_data = 12'h000;
			{5'd26, 5'd29}: color_data = 12'h3b9;
			{5'd26, 5'd30}: color_data = 12'h3b9;
			{5'd26, 5'd31}: color_data = 12'h3b9;
			{5'd27, 5'd0}: color_data = 12'hf90;
			{5'd27, 5'd1}: color_data = 12'hfa0;
			{5'd27, 5'd2}: color_data = 12'hfa0;
			{5'd27, 5'd3}: color_data = 12'hfa0;
			{5'd27, 5'd4}: color_data = 12'hfa0;
			{5'd27, 5'd5}: color_data = 12'hfa0;
			{5'd27, 5'd6}: color_data = 12'hb31;
			{5'd27, 5'd7}: color_data = 12'ha22;
			{5'd27, 5'd8}: color_data = 12'ha22;
			{5'd27, 5'd9}: color_data = 12'ha22;
			{5'd27, 5'd10}: color_data = 12'h922;
			{5'd27, 5'd11}: color_data = 12'h912;
			{5'd27, 5'd12}: color_data = 12'h903;
			{5'd27, 5'd13}: color_data = 12'h3b9;
			{5'd27, 5'd14}: color_data = 12'h3b9;
			{5'd27, 5'd15}: color_data = 12'h3b9;
			{5'd27, 5'd16}: color_data = 12'h3b9;
			{5'd27, 5'd17}: color_data = 12'h3b9;
			{5'd27, 5'd18}: color_data = 12'ha22;
			{5'd27, 5'd19}: color_data = 12'ha22;
			{5'd27, 5'd20}: color_data = 12'ha22;
			{5'd27, 5'd21}: color_data = 12'ha22;
			{5'd27, 5'd22}: color_data = 12'ha22;
			{5'd27, 5'd23}: color_data = 12'ha22;
			{5'd27, 5'd24}: color_data = 12'ha22;
			{5'd27, 5'd25}: color_data = 12'ha22;
			{5'd27, 5'd26}: color_data = 12'ha22;
			{5'd27, 5'd27}: color_data = 12'ha11;
			{5'd27, 5'd28}: color_data = 12'h3b9;
			{5'd27, 5'd29}: color_data = 12'h3b9;
			{5'd27, 5'd30}: color_data = 12'h3b9;
			{5'd27, 5'd31}: color_data = 12'h3b9;
            default: color_data = 12'h3b9;
        endcase
endmodule